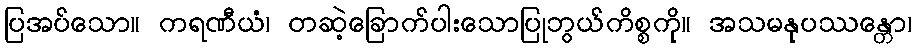
ပြအပ်သော။ ကရဏီယံ၊ တဆဲ့ခြောက်ပါးသောပြုဘွယ်ကိစ္စကို။ အသမနုပဿန္တော၊